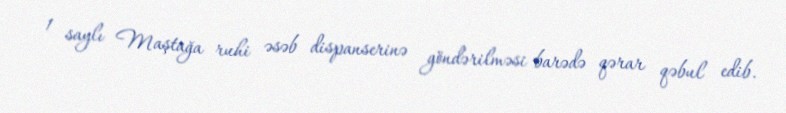
1 saylı Maştağa ruhi əsəb dispanserinə göndərilməsi barədə qərar qəbul edib.